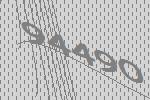
94490